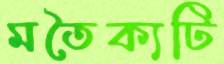
মতৈক্যটি